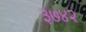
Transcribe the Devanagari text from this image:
३७४२